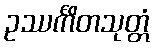
ဥဿင်္ကိတသုတ္တံ